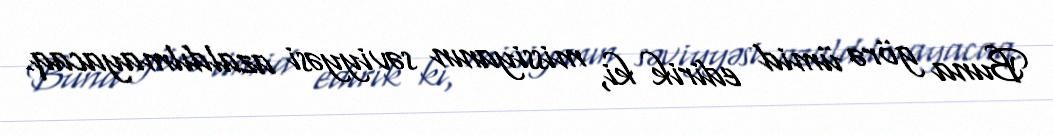
Buna görə ümid edirik ki, missiyanın səviyyəsi azaldılmayacaq.